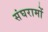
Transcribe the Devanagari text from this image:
संघरामों